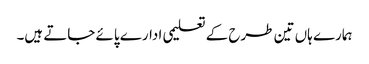
ہمارے ہاں تین طرح کے تعلیمی ادارے پائے جاتے ہیں۔